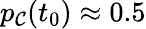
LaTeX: p_{\mathcal{C}}(t_{0})\approx0.5